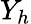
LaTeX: Y_{h}